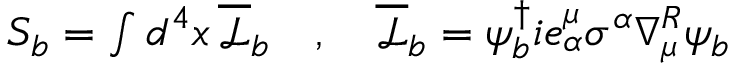
\begin{array} { r } { S _ { b } = \int d ^ { 4 } x \, \overline { { \mathcal { L } } } _ { b } \quad , \quad \overline { { \mathcal { L } } } _ { b } = \psi _ { b } ^ { \dagger } i e _ { \alpha } ^ { \mu } \sigma ^ { \alpha } \nabla _ { \mu } ^ { R } \psi _ { b } } \end{array}